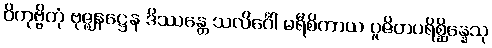
ဝိကုဗ္ဗိတုံ ဗုဇ္ဈနဋ္ဌေန ဒိဿန္တေ သလိင်္ဂေါ မရီစိကာယ ပူဇိတပရိစ္ဆိန္နေသု